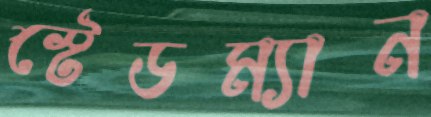
স্টেডম্যান